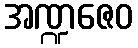
အဏ္ဍဇေဝ